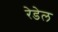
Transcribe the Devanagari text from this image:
रेडेल